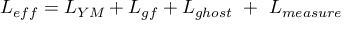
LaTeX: L _ { e f f } = L _ { Y M } + L _ { g f } + L _ { g h o s t } \ + \ L _ { m e a s u r e }